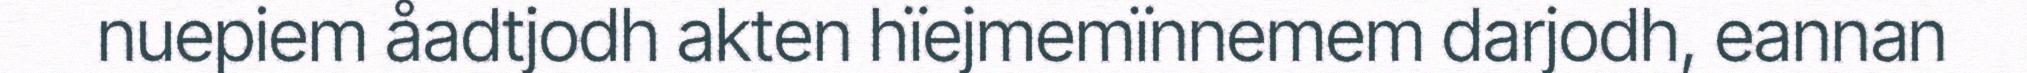
nuepiem åadtjodh akten hïejmemïnnemem darjodh, eannan